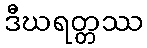
ဒီဃရတ္တဿ